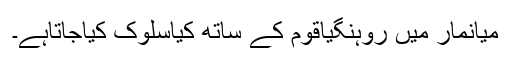
میانمار میں روہنگیاقوم کے ساتھ کیاسلوک کیاجاتاہے۔